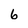
Character: 6